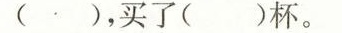
( )，买了( )杯。